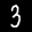
Label: 3